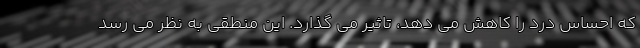
که احساس درد را کاهش می دهد، تاثیر می گذارد. این منطقی به نظر می رسد